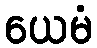
ယေမံ